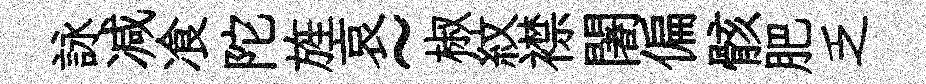
詠减飡陀旌哀~椒紋襟闍偏骸肥乏